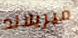
ميريلاند